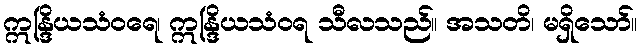
ဣန္ဒြိယသံဝရေ၊ ဣန္ဒြိယသံဝရ သီလသည်။ အသတိ၊ မရှိသော်။